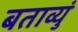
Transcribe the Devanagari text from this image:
बताव्युं